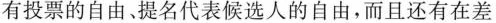
有投票的自由。提名代表候选人的自由，而且还有在差